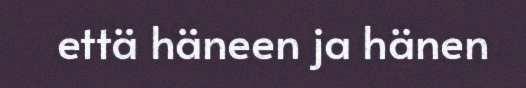
että häneen ja hänen